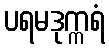
ပရမဒုက္ကရံ